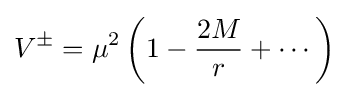
V^{\pm }=\mu ^{2}\left(1-{\frac {2M}{r}}+\cdots \right)